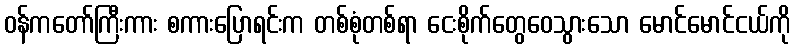
ဝန်ကတော်ကြီးကား စကားပြောရင်းက တစ်စုံတစ်ရာ ငေးစိုက်တွေဝေသွားသော မောင်မောင်ငယ်ကို